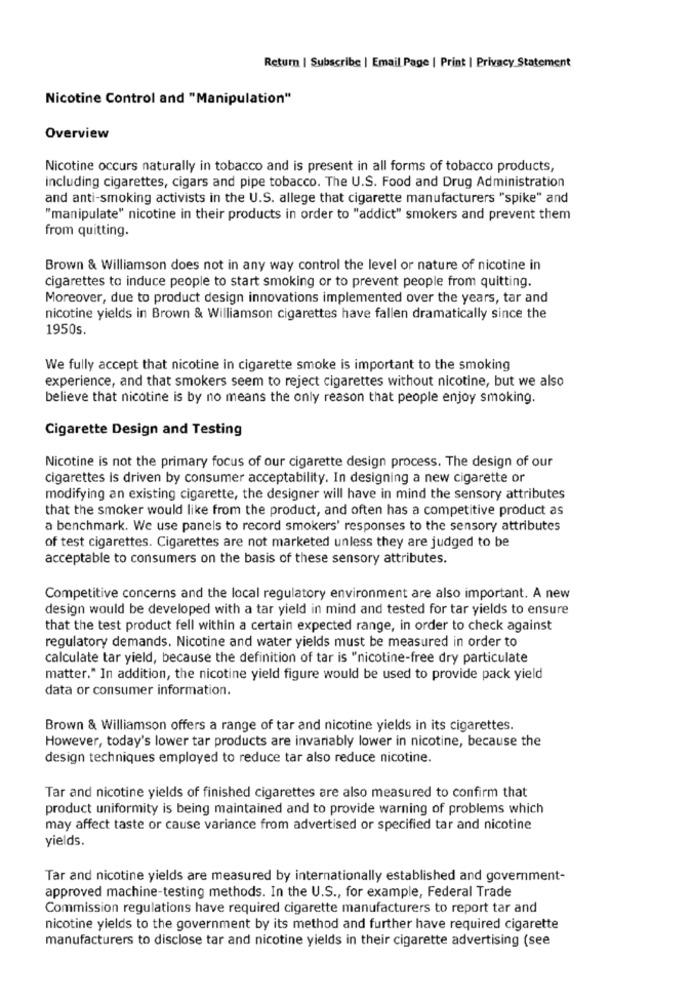
Return | Subscribe | Email Page | Print | Privacy Statement
Nicotine Control and "Manipulation"
Overview
Nicotine occurs naturally in tobacco and is present in all forms of tobacco products,
including cigarettes, cigars and pipe tobacco. The U.S. Food and Drug Administration
and anti-smoking activists in the U.S. allege that cigarette manufacturers "spike" and
"manipulate" nicotine in their products in order to "addict" smokers and prevent them
from quitting.
Brown & Williamson does not in any way control the level or nature of nicotine in
cigarettes to induce people to start smoking or to prevent people from quitting.
Moreover, due to product design innovations implemented over the years, tar and
nicotine yields in Brown & Williamson cigarettes have fallen dramatically since the
1950s.
We fully accept that nicotine in cigarette smoke is important to the smoking
experience, and that smokers seem to reject cigarettes without nicotine, but we also
believe that nicotine is by no means the only reason that people enjoy smoking.
Cigarette Design and Testing
Nicotine is not the primary focus of our cigarette design process. The design of our
cigarettes is driven by consumer acceptability. In designing a new cigarette or
modifying an existing cigarette, the designer will have in mind the sensory attributes
that the smoker would like from the product, and often has a competitive product as
a benchmark. We use panels to record smokers' responses to the sensory attributes
of test cigarettes. Cigarettes are not marketed unless they are judged to be
acceptable to consumers on the basis of these sensory attributes.
Competitive concerns and the local regulatory environment are also important. A new
design would be developed with a tar yield in mind and tested for tar yields to ensure
that the test product fell within a certain expected range, in order to check against
regulatory demands. Nicotine and water yields must be measured in order to
calculate tar yield, because the definition of tar is "nicotine-free dry particulate
matter." In addition, the nicotine yield figure would be used to provide pack yield
data or consumer information.
Brown & Williamson offers a range of tar and nicotine yields in its cigarettes.
However, today's lower tar products are invariably lower in nicotine, because the
design techniques employed to reduce tar also reduce nicotine.
Tar and nicotine yields of finished cigarettes are also measured to confirm that
product uniformity is being maintained and to provide warning of problems which
may affect taste or cause variance from advertised or specified tar and nicotine
yields.
Tar and nicotine yields are measured by internationally established and government-
approved machine-testing methods. In the U.S ., for example, Federal Trade
Commission regulations have required cigarette manufacturers to report tar and
nicotine yields to the government by its method and further have required cigarette
manufacturers to disclose tar and nicotine yields in their cigarette advertising (see